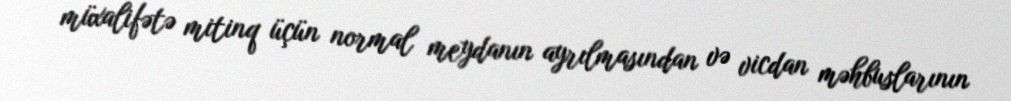
müxalifətə mitinq üçün normal meydanın ayrılmasından və vicdan məhbuslarının